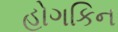
હોગકિન